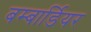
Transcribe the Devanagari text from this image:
बम्बार्डियर